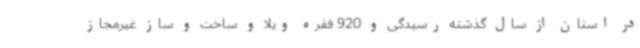
در استان از سال گذشته رسیدگی و 920 فقره ویلا و ساخت و ساز غیرمجاز